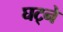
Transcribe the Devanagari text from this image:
घट्ने